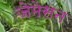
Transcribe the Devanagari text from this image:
जेमेसन